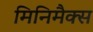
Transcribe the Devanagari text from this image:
मिनिमैक्स